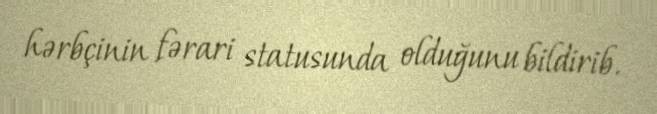
hərbçinin fərari statusunda olduğunu bildirib.